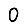
Digit: 0